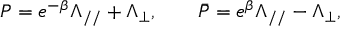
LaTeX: P = e ^ { - \beta } \Lambda _ { / / } + \Lambda _ { \bot } , \qquad \bar { P } = e ^ { \beta } \Lambda _ { / / } - \Lambda _ { \bot } ,